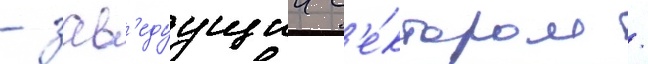
- зав'едуущии с'е́ктором /